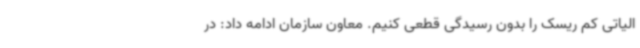
الیاتی کم ریسک را بدون رسیدگی قطعی کنیم. معاون سازمان ادامه داد: در